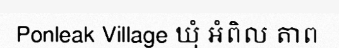
Ponleak Village ឃុំ អំពិល តាព